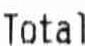
TOTAL